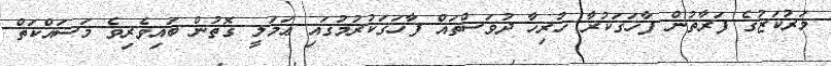
މަރުކަޒުގެ ފަރާތުން ފާހަގަކުރާ ހުރިހާ ދުވަސްތައް ފާހަގަކުރުމުގައި ޢަމަލީ ގޮތުން ބައިވެރިވެ މަސައްކަތް